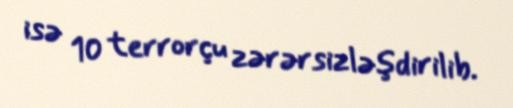
isə 10 terrorçu zərərsizləşdirilib.